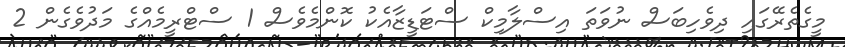
މީގެތެރޭގައި ދިވެހިބަސް ނުވަތަ އިސްލާމިކް ސްޓަޑީޒާއެކު ކޮންމެވެސް 1 ސްޓްރީމެއްގެ މަދުވެގެން 2